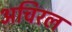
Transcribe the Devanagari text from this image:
अचिरल